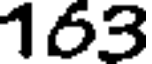
163